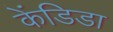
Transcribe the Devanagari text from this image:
केंडिडा